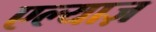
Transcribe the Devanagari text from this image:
एल्याज़